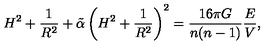
H ^ { 2 } + \frac { 1 } { R ^ { 2 } } + \tilde { \alpha } \left( H ^ { 2 } + \frac { 1 } { R ^ { 2 } } \right) ^ { 2 } = \frac { 1 6 \pi G } { n ( n - 1 ) } \frac { E } { V } ,